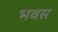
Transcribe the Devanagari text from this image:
भवस